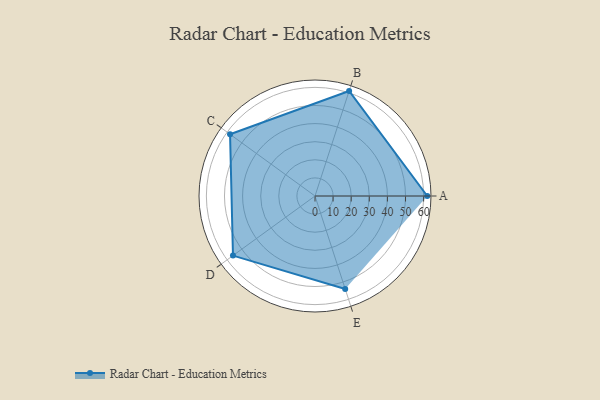
{"axis": {"x": "Skill", "y": "Score"}, "legend": ["Profile"], "data": [{"x": "A", "y": 62.0, "type": "Profile"}, {"x": "B", "y": 61.0, "type": "Profile"}, {"x": "C", "y": 58.0, "type": "Profile"}, {"x": "D", "y": 56.0, "type": "Profile"}, {"x": "E", "y": 54.0, "type": "Profile"}]}